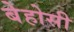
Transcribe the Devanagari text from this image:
बेहोसी